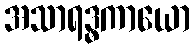
အသာရဒ္ဓကာယော